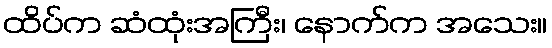
ထိပ်က ဆံထုံးအကြီး၊ နောက်က အသေး။